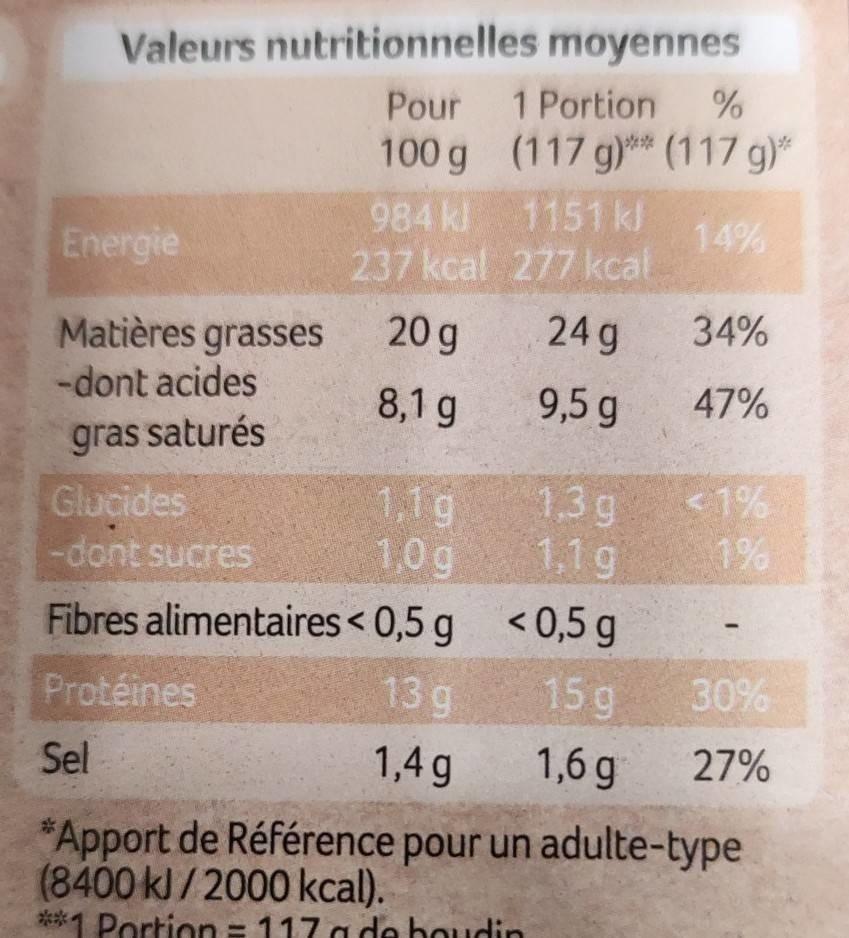
Valeurs nutritionnelles
Energie
Matières grasses
-dont acides
gras saturés
Glucides
-dont sucres
moyennes
Pour 1 Portion %
100 g
984 kl
237 kcal
20 g
8,1 g
(117 g)** (117 g)*
1151 kJ
277 kcal
24 g
9,5 g
1.3 g
1,1 g
14%
<0,5 g
15 g
1,6 g
34%
47%
<1%
1%
1,0g
Fibres alimentaires < 0,5 g
Protéines
13 q
Sel
1,4 g
*Apport de Référence pour un adulte-type (8400 kJ/2000 kcal).
**1 Portion = 117 g de boudin
30%
27%